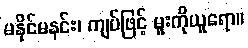
မနိုင်မနင်း၊ ကျပ်ဖြင့် မူးကိုယူရော။